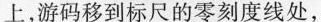
上，游码移到标尺的零刻度线处，